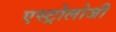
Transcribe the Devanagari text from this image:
एस्ट्रोलोजी